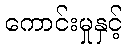
ကောင်းမှုနှင့်